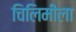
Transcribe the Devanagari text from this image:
चिलिमीला